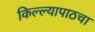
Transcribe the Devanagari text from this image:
किल्ल्यापाठचा